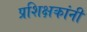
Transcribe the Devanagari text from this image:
प्रशिक्षकांनी